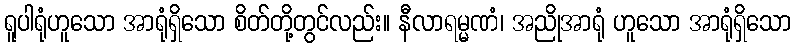
ရူပါရုံဟူသော အာရုံရှိသော စိတ်တို့တွင်လည်း။ နီလာရမ္မဏံ၊ အညိုအာရုံ ဟူသော အာရုံရှိသော